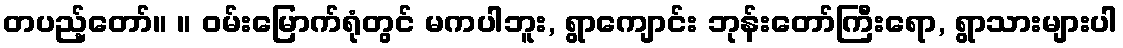
တပည့်တော်။ ။ ဝမ်းမြောက်ရုံတွင် မကပါဘူး, ရွာကျောင်း ဘုန်းတော်ကြီးရော, ရွာသားများပါ